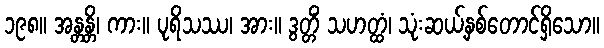
၁၉၈။ အန္တန္တိ၊ ကား။ ပုရိသဿ၊ အား။ ဒွတ္တိံ သဟတ္ထံ၊ သုံးဆယ့်နှစ်တောင်ရှိသော။